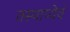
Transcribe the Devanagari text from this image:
तस्याप्येवं